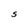
Character: S